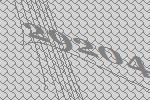
29204